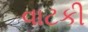
વાટકી